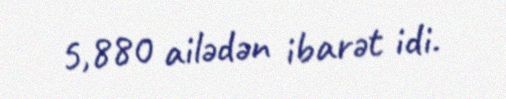
5,880 ailədən ibarət idi.